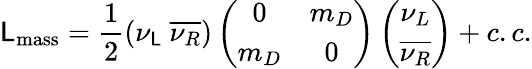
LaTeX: {\cal\mathsf{L}}_{\mathrm{{mass}}}=\frac{{1}}{{2}}(\nu_{\mathsf{L}}\ \overline{{{{\nu_{R}}}}})\left(\begin{array}{cc}{{0}}&{{m_{D}}}\\ {{m_{D}}}&{{0}}\end{array}\right)\left(\begin{array}{c}{{\nu_{L}}}\\ {{\overline{{{\nu_{R}}}}}}\end{array}\right)+c.c.